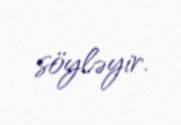
söyləyir.